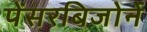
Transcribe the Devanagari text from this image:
पेंसरबिजोर्ने